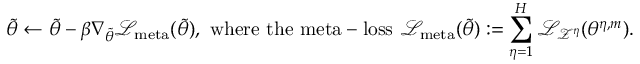
\tilde { \theta } \leftarrow \tilde { \theta } - \beta \nabla _ { \tilde { \theta } } \mathcal { L } _ { \mathrm { m e t a } } ( \tilde { \theta } ) , \mathrm { ~ w h e r e ~ t h e ~ m e t a - l o s s ~ } \mathcal { L } _ { \mathrm { m e t a } } ( \tilde { \theta } ) : = \sum _ { \eta = 1 } ^ { H } \mathcal { L } _ { \mathcal { Z } ^ { \eta } } ( \theta ^ { \eta , m } ) .